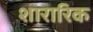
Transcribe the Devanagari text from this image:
शारारिक